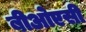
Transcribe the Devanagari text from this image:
बीओएसी